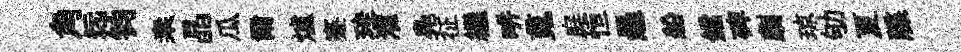
角远钧桒晶瓜爾爐蹇珪灌鳧征繼畊䰟庭恒愚船鐺碑劇琼劬夏牒